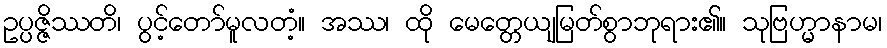
ဥပ္ပဇ္ဇိဿတိ၊ ပွင့်တော်မူလတံ့။ အဿ၊ ထို မေတ္တေယျမြတ်စွာဘုရား၏။ သုဗြဟ္မာနာမ၊